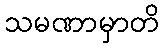
သမဏာမှာတိ